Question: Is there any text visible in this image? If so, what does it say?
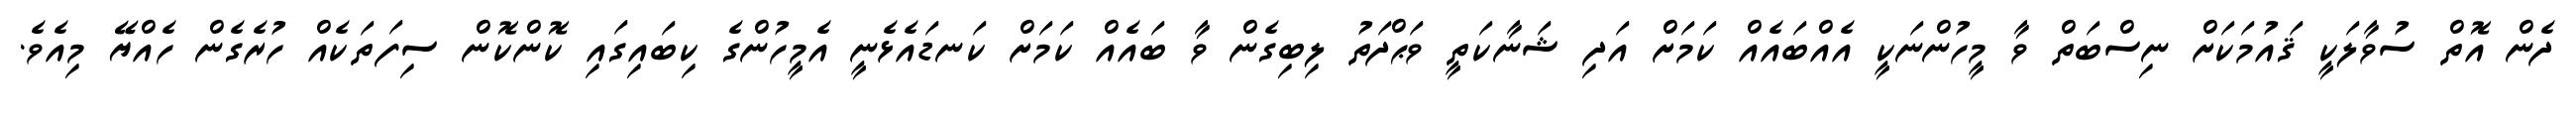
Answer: ދެން އޮތް ސުވާލަކީ ޤައުމަކަށް ނިސްބަތް ވާ މީހުންނަކީ އެއްބައެއް ކަމަށް އަދި ޝަނާކަތީ ވަޙްދަތު ލިބިގެން ވާ ބައެއް ކަމަށް ކަނޑައެޅެނީ އެމީހުންގެ ކިބައިގައި ކޮންކޮން ސިފަތަކެއް ހުރެގެން ހެއްޔޭ މިއެވެ.